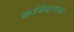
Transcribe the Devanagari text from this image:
कविदांपत्य